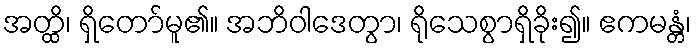
အတ္ထိ၊ ရှိတော်မူ၏။ အဘိဝါဒေတွာ၊ ရိုသေစွာရှိခိုး၍။ ဧကမန္တံ၊